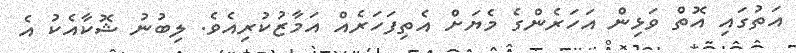
އަތުގައި އޮތް ވަޅިން އަހަރެންގެ މެޔަށް އެތިފަހަރެއް އަމާޒުކުރިއެވެ. ލިބުނު ޝޮކާއެކު އެ